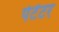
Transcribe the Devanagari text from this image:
पेटेंटर